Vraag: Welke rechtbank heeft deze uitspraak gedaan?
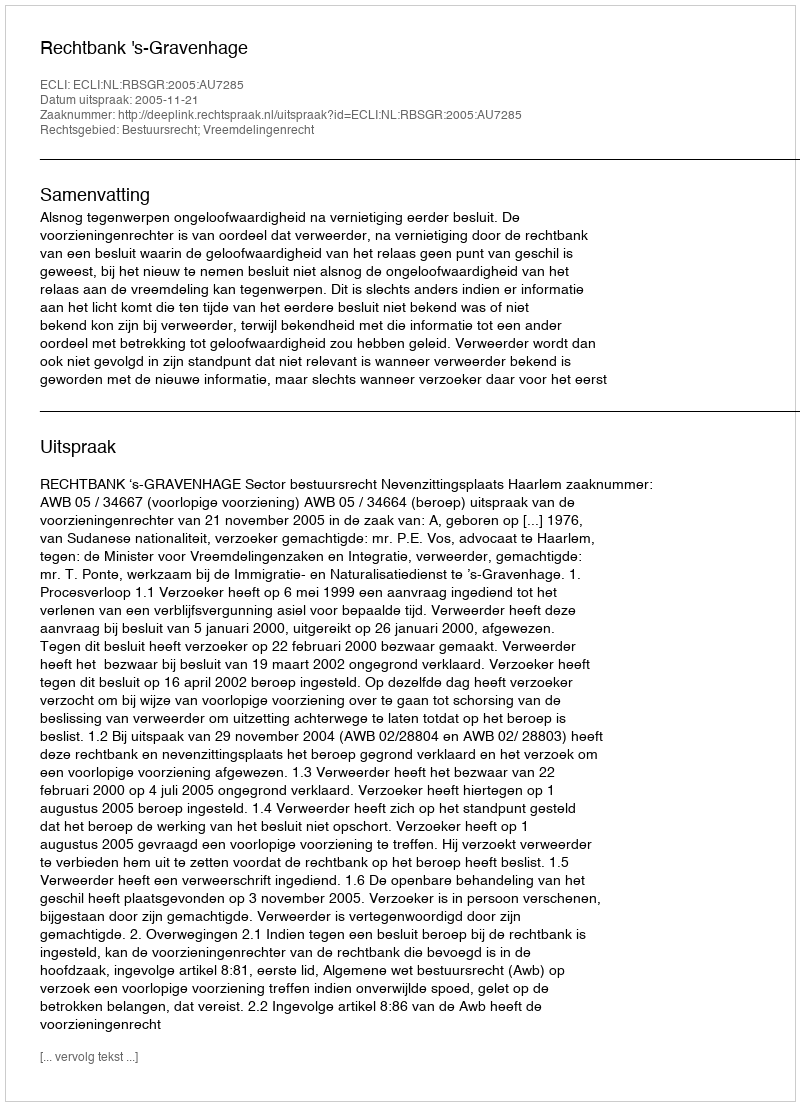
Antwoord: Rechtbank 's-Gravenhage